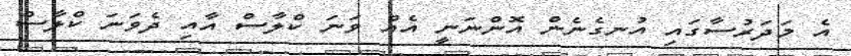
އެ މަދަރުސާގައި އުނގެނެން އޮންނަނީ އެއް ވަނަ ކްލާސް އާއި ދެވަނަ ކްލާސް